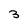
Character: 3